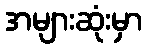
အများဆုံးမှာ